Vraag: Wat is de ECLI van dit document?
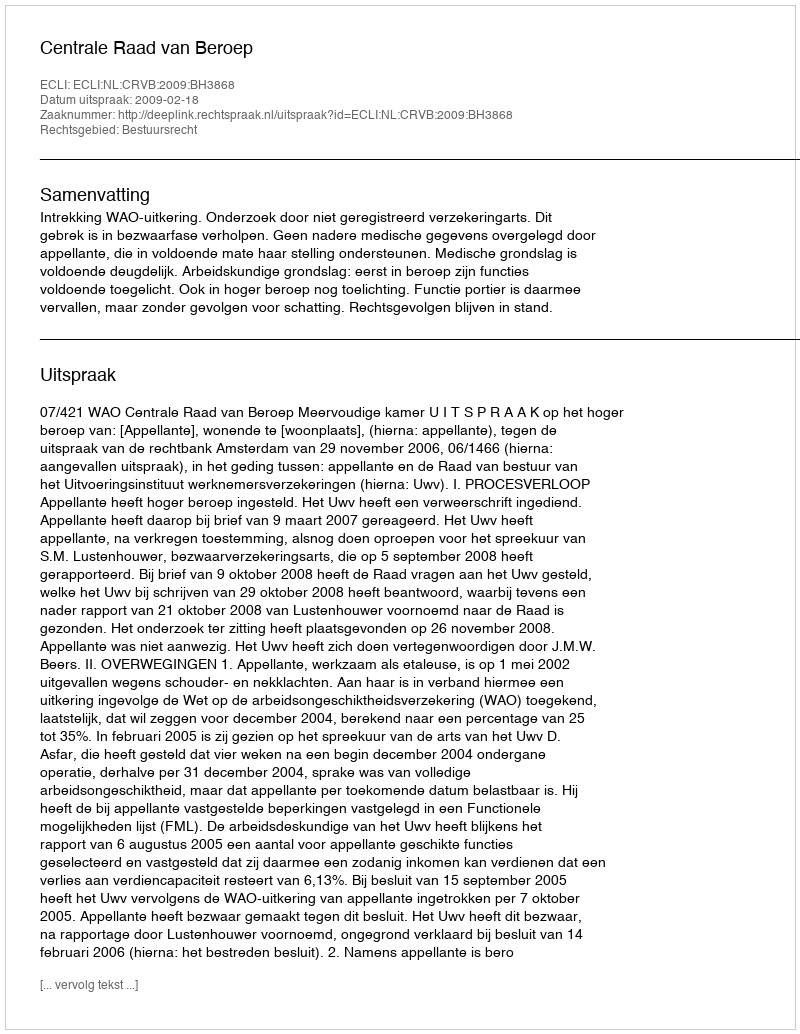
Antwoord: ECLI:NL:CRVB:2009:BH3868